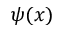
\psi ( x )